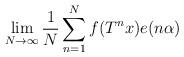
LaTeX: \begin{align*}\lim_{N\to\infty} \frac{1}{N} \sum_{n=1}^Nf(T^nx)e(n\alpha)\end{align*}